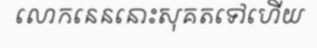
លោកនេននោះសុគតទៅហើយ